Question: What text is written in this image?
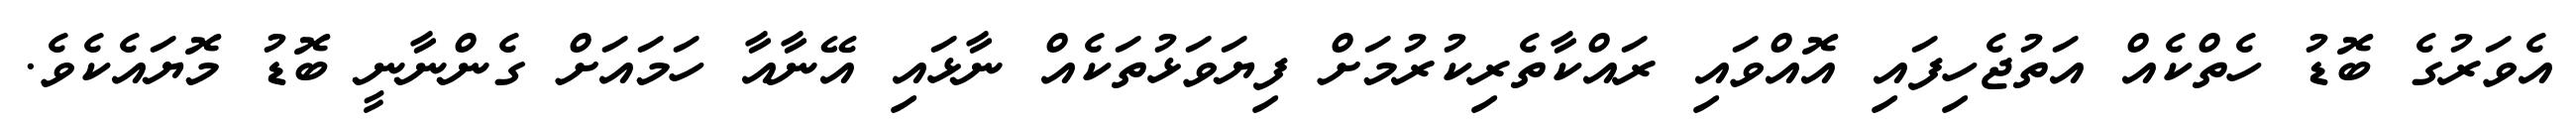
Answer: އެވަރުގެ ބޮޑު ހެތްކެއް އަތުޖެހިފައި އޮއްވައި ރައްކާތެރިކުރުމަށް ފިޔަވަޅުތަކެއް ނާޅައި އޭނާއާ ހަމައަށް ގެންނާނީ ބޮޑު މޮޔައެކެވެ.